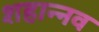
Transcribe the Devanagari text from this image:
शहान्‍नव